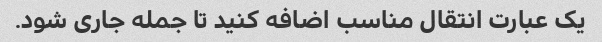
یک عبارت انتقال مناسب اضافه کنید تا جمله جاری شود.